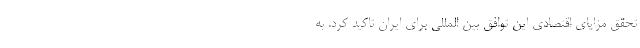
تحقق مزایای اقتصادی این توافق بین المللی برای ایران تاکید کرد. به